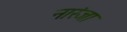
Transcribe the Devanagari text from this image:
नारंजा